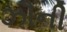
ઝૌની